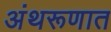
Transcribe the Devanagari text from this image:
अंथरूणात